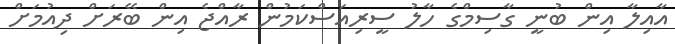
އާއިލާ އިން ބުނީ ގާސިމްގެ ހާލު ސީރިއަސްކަމުން ރާއްޖެ އިން ބޭރަށް ދިއުމަށް